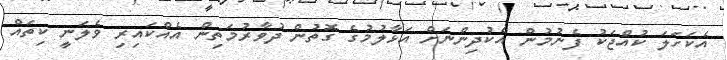
އެކަހަލަ ކުއްޖަކު ފެނުމުން އެކުދިންނަށް އަޅާލުމުގެ ގޮތުން ދުވާރުމަތިން އެއްކައިރި ވެލަނީ ކިތައް